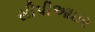
સીપીઆઇર